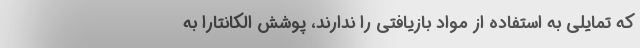
که تمایلی به استفاده از مواد بازیافتی را ندارند، پوشش الکانتارا به